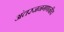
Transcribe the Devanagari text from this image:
अंतरजनगणनीय